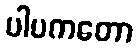
ပါပကတော